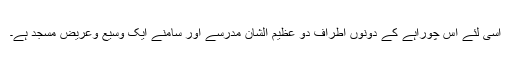
اسی لئے اس چوراہے کے دونوں اطراف دو عظیم الشان مدرسے اور سامنے ایک وسیع وعریض مسجد ہے۔